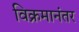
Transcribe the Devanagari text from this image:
विक्रमानंतर